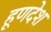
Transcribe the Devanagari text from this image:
हूणदेश